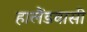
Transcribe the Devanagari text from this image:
हालैंडवासी